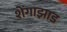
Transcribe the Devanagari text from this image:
शेंगाझाड